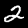
Label: 2